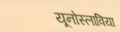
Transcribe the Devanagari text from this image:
यूनोस्लाविया